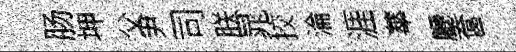
肠坤父尹司朕晁挍淪涯蕐廳奩